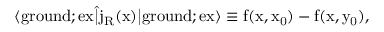
\langle \mathrm { g r o u n d } ; \mathrm { e x | \hat { j } _ { R } ( x ) | \mathrm { g r o u n d } ; \mathrm { e x \rangle \equiv f ( x , x _ { 0 } ) - f ( x , y _ { 0 } ) , } }